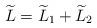
\begin{align*}\widetilde{L}=\widetilde{L}_1+\widetilde{L}_2\end{align*}